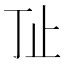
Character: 𰙚